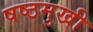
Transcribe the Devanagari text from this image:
षष्ठमुखी